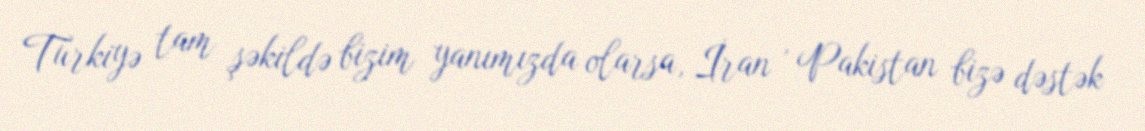
Türkiyə tam şəkildə bizim yanımızda olarsa, İran , Pakistan bizə dəstək